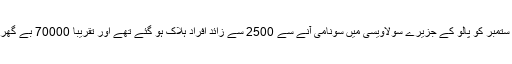
رواں سال 28 ستمبر کو پالو کے جزیرے سولاویسی میں سونامی آنے سے 2500 سے زائد افراد ہلاک ہو گئے تھے اور تقریباً 70000 بے گھر ہو گئے تھے۔